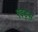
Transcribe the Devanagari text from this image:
एइड्स